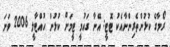
ރޯމާގެ ކުޅުންތެރިންނާއެކު ޓޮޓީ: އޭނާ ގައުމީ ޓީމަށް ކުޅުން ހުއްޓާލީ 2006 ވަނަ